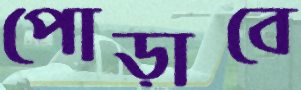
পোড়াবে